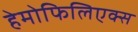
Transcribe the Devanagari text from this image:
हेमोफिलिएक्स